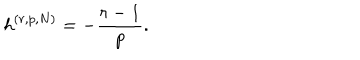
\mathsf { h } ^ { ( r , p , N ) } = - \frac { r - 1 } { p } .